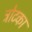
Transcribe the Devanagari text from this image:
ट्रोटका